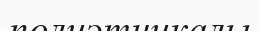
полиэтникалы